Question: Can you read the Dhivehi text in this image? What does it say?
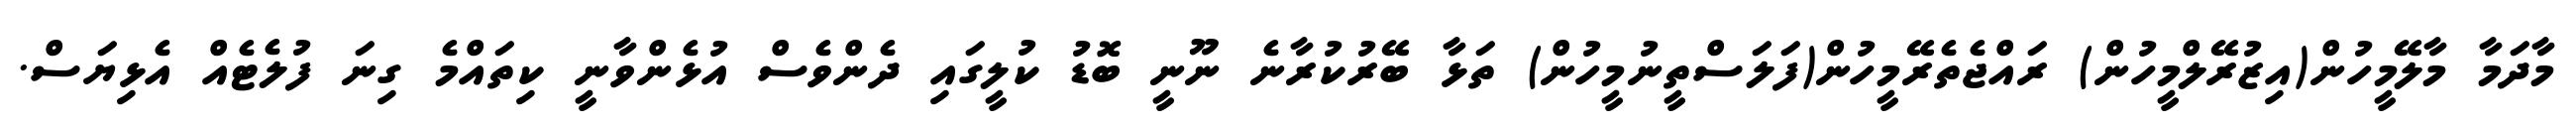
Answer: މާދަމާ މާލޭމީހުން(އިޒުރޭލްމީހުން) ރައްޖެތެރޭމީހުން(ފަލަސްތީނުމީހުން) ތަޅާ ބޭރުކުރާނެ ނޫނީ ބޮޑު ކުލީގައި ދެންވެސް އުޅެންވާނީ ކިތައްމެ ގިނަ ފުލެޓެއް އެޅިޔަސް.